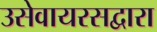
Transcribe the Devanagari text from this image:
उसेवायरसद्वारा